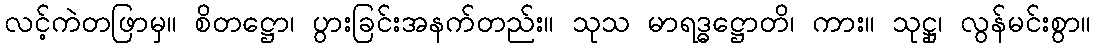
လင့်ကဲတဖြာမှ။ စိတဋ္ဌော၊ ပွားခြင်းအနက်တည်း။ သုသ မာရဒ္ဓဋ္ဌောတိ၊ ကား။ သုဋ္ဌု၊ လွန်မင်းစွာ။